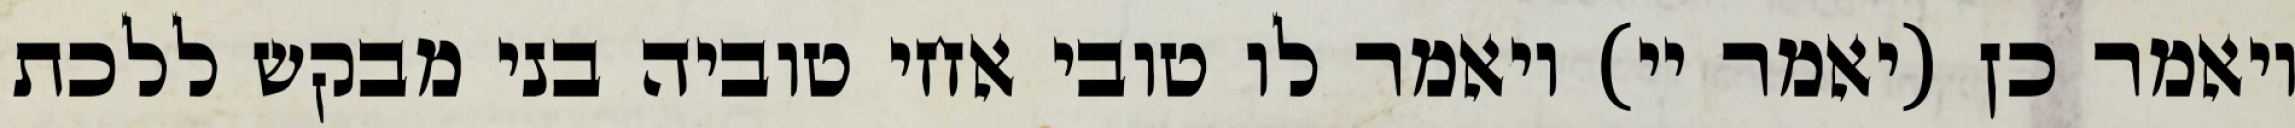
ויאמר כן (יאמר יי) ויאמר לו טובי אחי טוביה בני מבקש ללכת